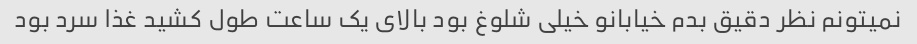
نمیتونم نظر دقیق بدم خیابانو خیلی شلوغ بود بالای یک ساعت طول کشید غذا سرد بود